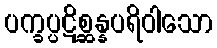
ပက္ခပ္ပဋိစ္ဆန္နပရိဝါသော